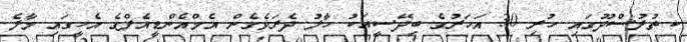
ކ.ތުލުސްދޫގައި ހުރި 30 އަހަރުގެ ބިދޭސީއަކު ހާލު ދެރަވެގެން އެމްއެންޑީއެފްގެ އެހީގައި މާލެ